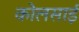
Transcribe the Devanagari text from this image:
कोलसाई